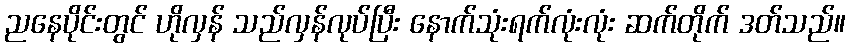
ညနေပိုင်းတွင် ဟိုလှန် သည်လှန်လုပ်ပြီး နောက်သုံးရက်လုံးလုံး ဆက်တိုက် ဒတ်သည်။